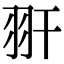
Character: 𦏹